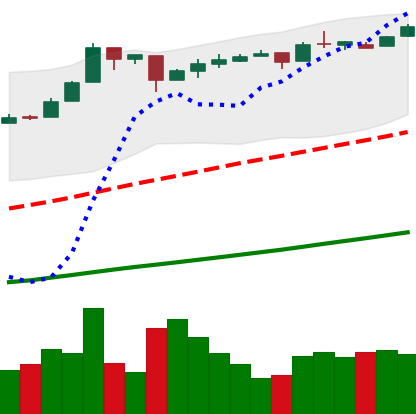
Ticker: BTC-USD
Chart end date: 2016-12-17
Forward return: 9.321%
Label: up_7plus